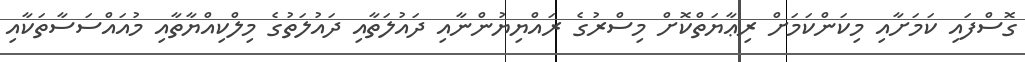
ގޮސްފައި ކަމަށާއި މިކަންކަމަށް ރިޢާޔަތްކޮށް މިސްރުގެ ރައްޔިޔުންނާއި ދައުލަތާއި ދައުލަތުގެ މިލްކިއްޔާތާއި މުއައްސަސާތަކާއި